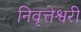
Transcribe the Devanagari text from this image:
निवृत्तेश्वरी